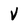
Character: V